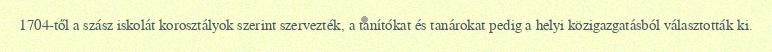
1704-től a szász iskolát korosztályok szerint szervezték, a tanítókat és tanárokat pedig a helyi közigazgatásból választották ki.